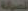
الصيانة